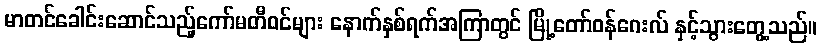
မာတင်ခေါင်းဆောင်သည့်ကော်မတီဝင်များ နောက်နှစ်ရက်အကြာတွင် မြို့တော်ဝန်ဂေးလ် နှင့်သွားတွေ့သည်။